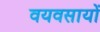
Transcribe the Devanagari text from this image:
वयवसायों